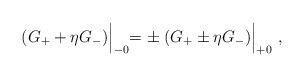
LaTeX: \begin{align*} ( G_+ + \eta G_-) \Bigl\vert_{-0} = \pm \; ( G_+ \pm \eta G_-) \Bigl\vert_{+0} \ ,\end{align*}